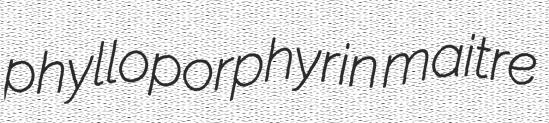
phylloporphyrin maitre